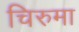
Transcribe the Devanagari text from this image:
चिरुमा